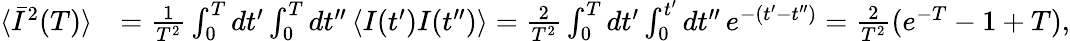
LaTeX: \begin{array}{rl}{\langle\bar{I}^{2}(T)\rangle}&{=\frac{1}{T^{2}}\int_{0}^{T}dt^{\prime}\int_{0}^{T}dt^{\prime\prime}\, \langle I(t^{\prime})I(t^{\prime\prime})\rangle=\frac{2}{T^{2}}\int_{0}^{T}dt^{\prime}\int_{0}^{t^{\prime}}dt^{\prime\prime}\, e^{-(t^{\prime}-t^{\prime\prime})}=\frac{2}{T^{2}}(e^{-T}-1+T),}\end{array}